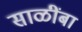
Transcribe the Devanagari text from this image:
साळींबा